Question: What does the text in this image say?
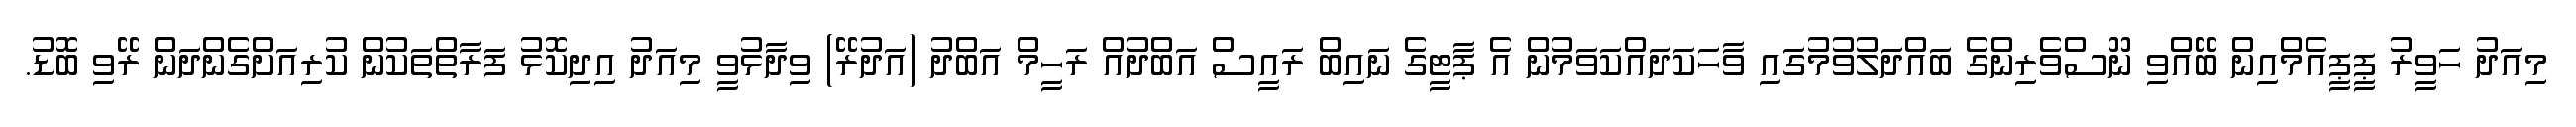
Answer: މިއަދު ހަވީރު ޕީޕީއެމްއިން ބޭއްވި ނޫސްވެރިންގެ ބައްދަލުވުމުގައި ވާހަކަދައްކަވަމުން އެ ޕާޓީގެ ނައިބް ރައީސް އަބްދުއް ރަހީމް އަބްދު (އަދުރޭ) ވިދާޅުވީ މިއަދު އިދިކޮޅު ފަރާތްތަކުން ކުރިއަށްގެންދަން ރޭވި ބޮޑު.